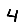
Digit: 4